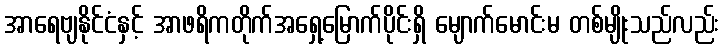
အာရေဗျနိုင်ငံနှင့် အာဖရိကတိုက်အရှေ့မြောက်ပိုင်းရှိ မျောက်မောင်းမ တစ်မျိုးသည်လည်း